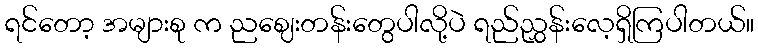
ရင်တော့ အများစု က ညဈေးတန်းတွေပါလို့ပဲ ရည်ညွှန်းလေ့ရှိကြပါတယ်။